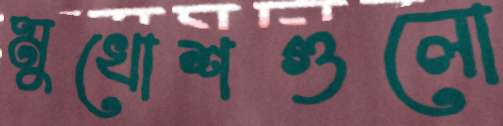
মুখোশগুলো